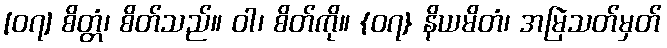
[၀၇] စိတ္တံ၊ စိတ်သည်။ ဝါ၊ စိတ်ကို။ {၀၇} နိယမိတံ၊ အမြဲသတ်မှတ်